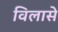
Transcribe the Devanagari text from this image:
विलासे